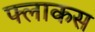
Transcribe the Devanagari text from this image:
फ्लाकस